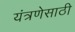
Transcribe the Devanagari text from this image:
यंत्रणेसाठी